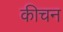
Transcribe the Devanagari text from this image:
कीचन